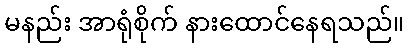
မနည်း အာရုံစိုက် နားထောင်နေရသည်။